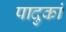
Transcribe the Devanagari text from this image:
पादुकां